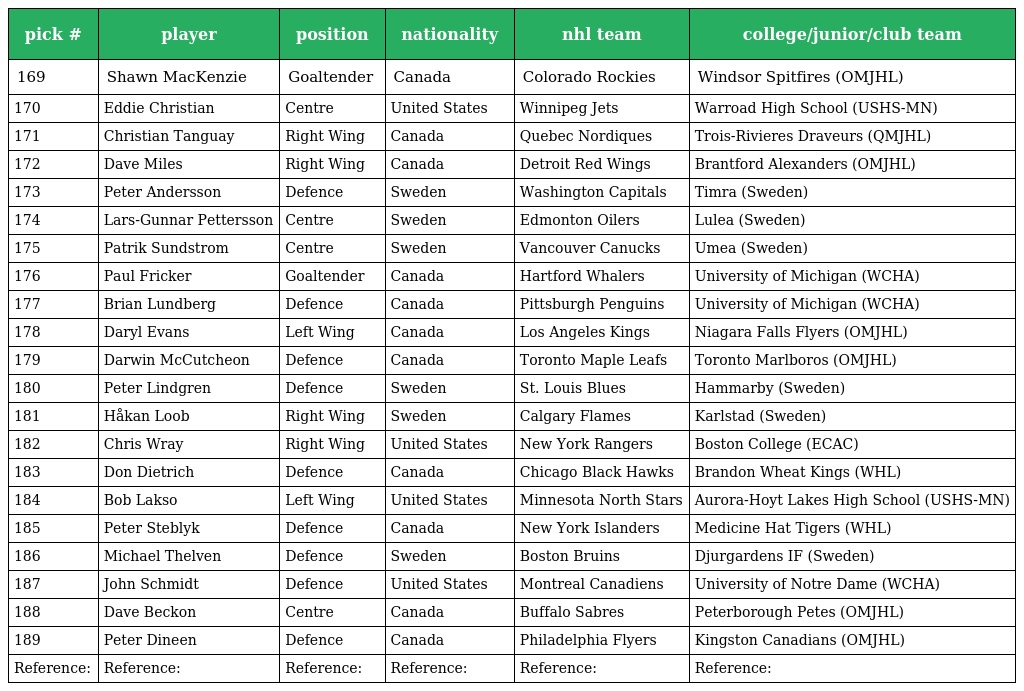
| pick # | player | position | nationality | nhl team | college/junior/club team |
 | --- | --- | --- | --- | --- | --- |
 | 169 | Shawn MacKenzie | Goaltender | Canada | Colorado Rockies | Windsor Spitfires (OMJHL) |
 | 170 | Eddie Christian | Centre | United States | Winnipeg Jets | Warroad High School (USHS-MN) |
 | 171 | Christian Tanguay | Right Wing | Canada | Quebec Nordiques | Trois-Rivieres Draveurs (QMJHL) |
 | 172 | Dave Miles | Right Wing | Canada | Detroit Red Wings | Brantford Alexanders (OMJHL) |
 | 173 | Peter Andersson | Defence | Sweden | Washington Capitals | Timra (Sweden) |
 | 174 | Lars-Gunnar Pettersson | Centre | Sweden | Edmonton Oilers | Lulea (Sweden) |
 | 175 | Patrik Sundstrom | Centre | Sweden | Vancouver Canucks | Umea (Sweden) |
 | 176 | Paul Fricker | Goaltender | Canada | Hartford Whalers | University of Michigan (WCHA) |
 | 177 | Brian Lundberg | Defence | Canada | Pittsburgh Penguins | University of Michigan (WCHA) |
 | 178 | Daryl Evans | Left Wing | Canada | Los Angeles Kings | Niagara Falls Flyers (OMJHL) |
 | 179 | Darwin McCutcheon | Defence | Canada | Toronto Maple Leafs | Toronto Marlboros (OMJHL) |
 | 180 | Peter Lindgren | Defence | Sweden | St. Louis Blues | Hammarby (Sweden) |
 | 181 | Håkan Loob | Right Wing | Sweden | Calgary Flames | Karlstad (Sweden) |
 | 182 | Chris Wray | Right Wing | United States | New York Rangers | Boston College (ECAC) |
 | 183 | Don Dietrich | Defence | Canada | Chicago Black Hawks | Brandon Wheat Kings (WHL) |
 | 184 | Bob Lakso | Left Wing | United States | Minnesota North Stars | Aurora-Hoyt Lakes High School (USHS-MN) |
 | 185 | Peter Steblyk | Defence | Canada | New York Islanders | Medicine Hat Tigers (WHL) |
 | 186 | Michael Thelven | Defence | Sweden | Boston Bruins | Djurgardens IF (Sweden) |
 | 187 | John Schmidt | Defence | United States | Montreal Canadiens | University of Notre Dame (WCHA) |
 | 188 | Dave Beckon | Centre | Canada | Buffalo Sabres | Peterborough Petes (OMJHL) |
 | 189 | Peter Dineen | Defence | Canada | Philadelphia Flyers | Kingston Canadians (OMJHL) |
 | Reference: | Reference: | Reference: | Reference: | Reference: | Reference: |